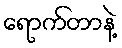
ရောက်တာနဲ့